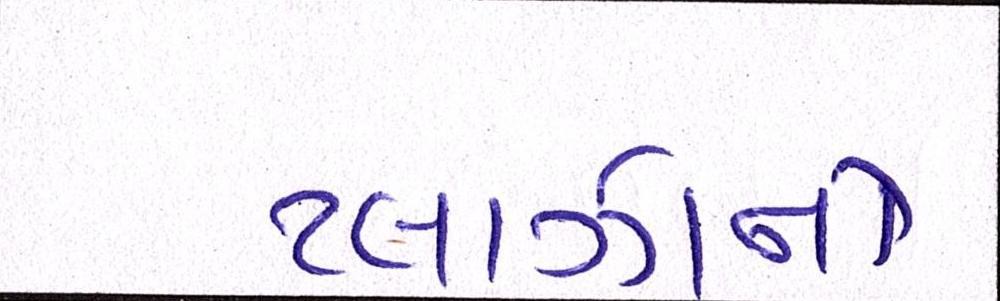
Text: પ્લાઝાનો